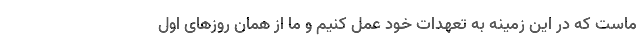
ماست که در این زمینه به تعهدات خود عمل کنیم و ما از همان روزهای اول